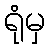
ရုံမှ